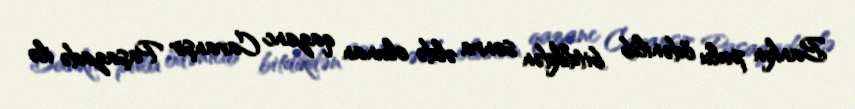
Bankın pulu ödənilib bitdikdən sonra əldə olunan qazanc Cavanşir Paşazadə ilə